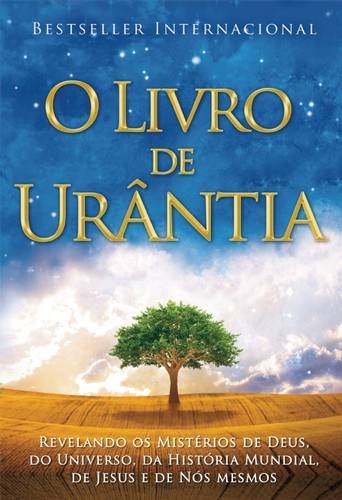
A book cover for O Livro de UrÃ¢ntia (Portuguese Edition); Religion & Spirituality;